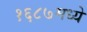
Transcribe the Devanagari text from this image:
१६८७मध्ये